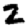
Digit: 2